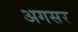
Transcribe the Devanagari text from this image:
अगसर